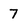
Character: 7